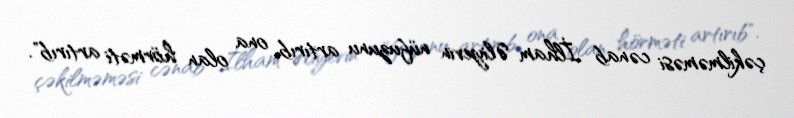
çəkilməməsi cənab İlham Əliyevin nüfuzunu artırıb, ona olan hörməti artırıb".